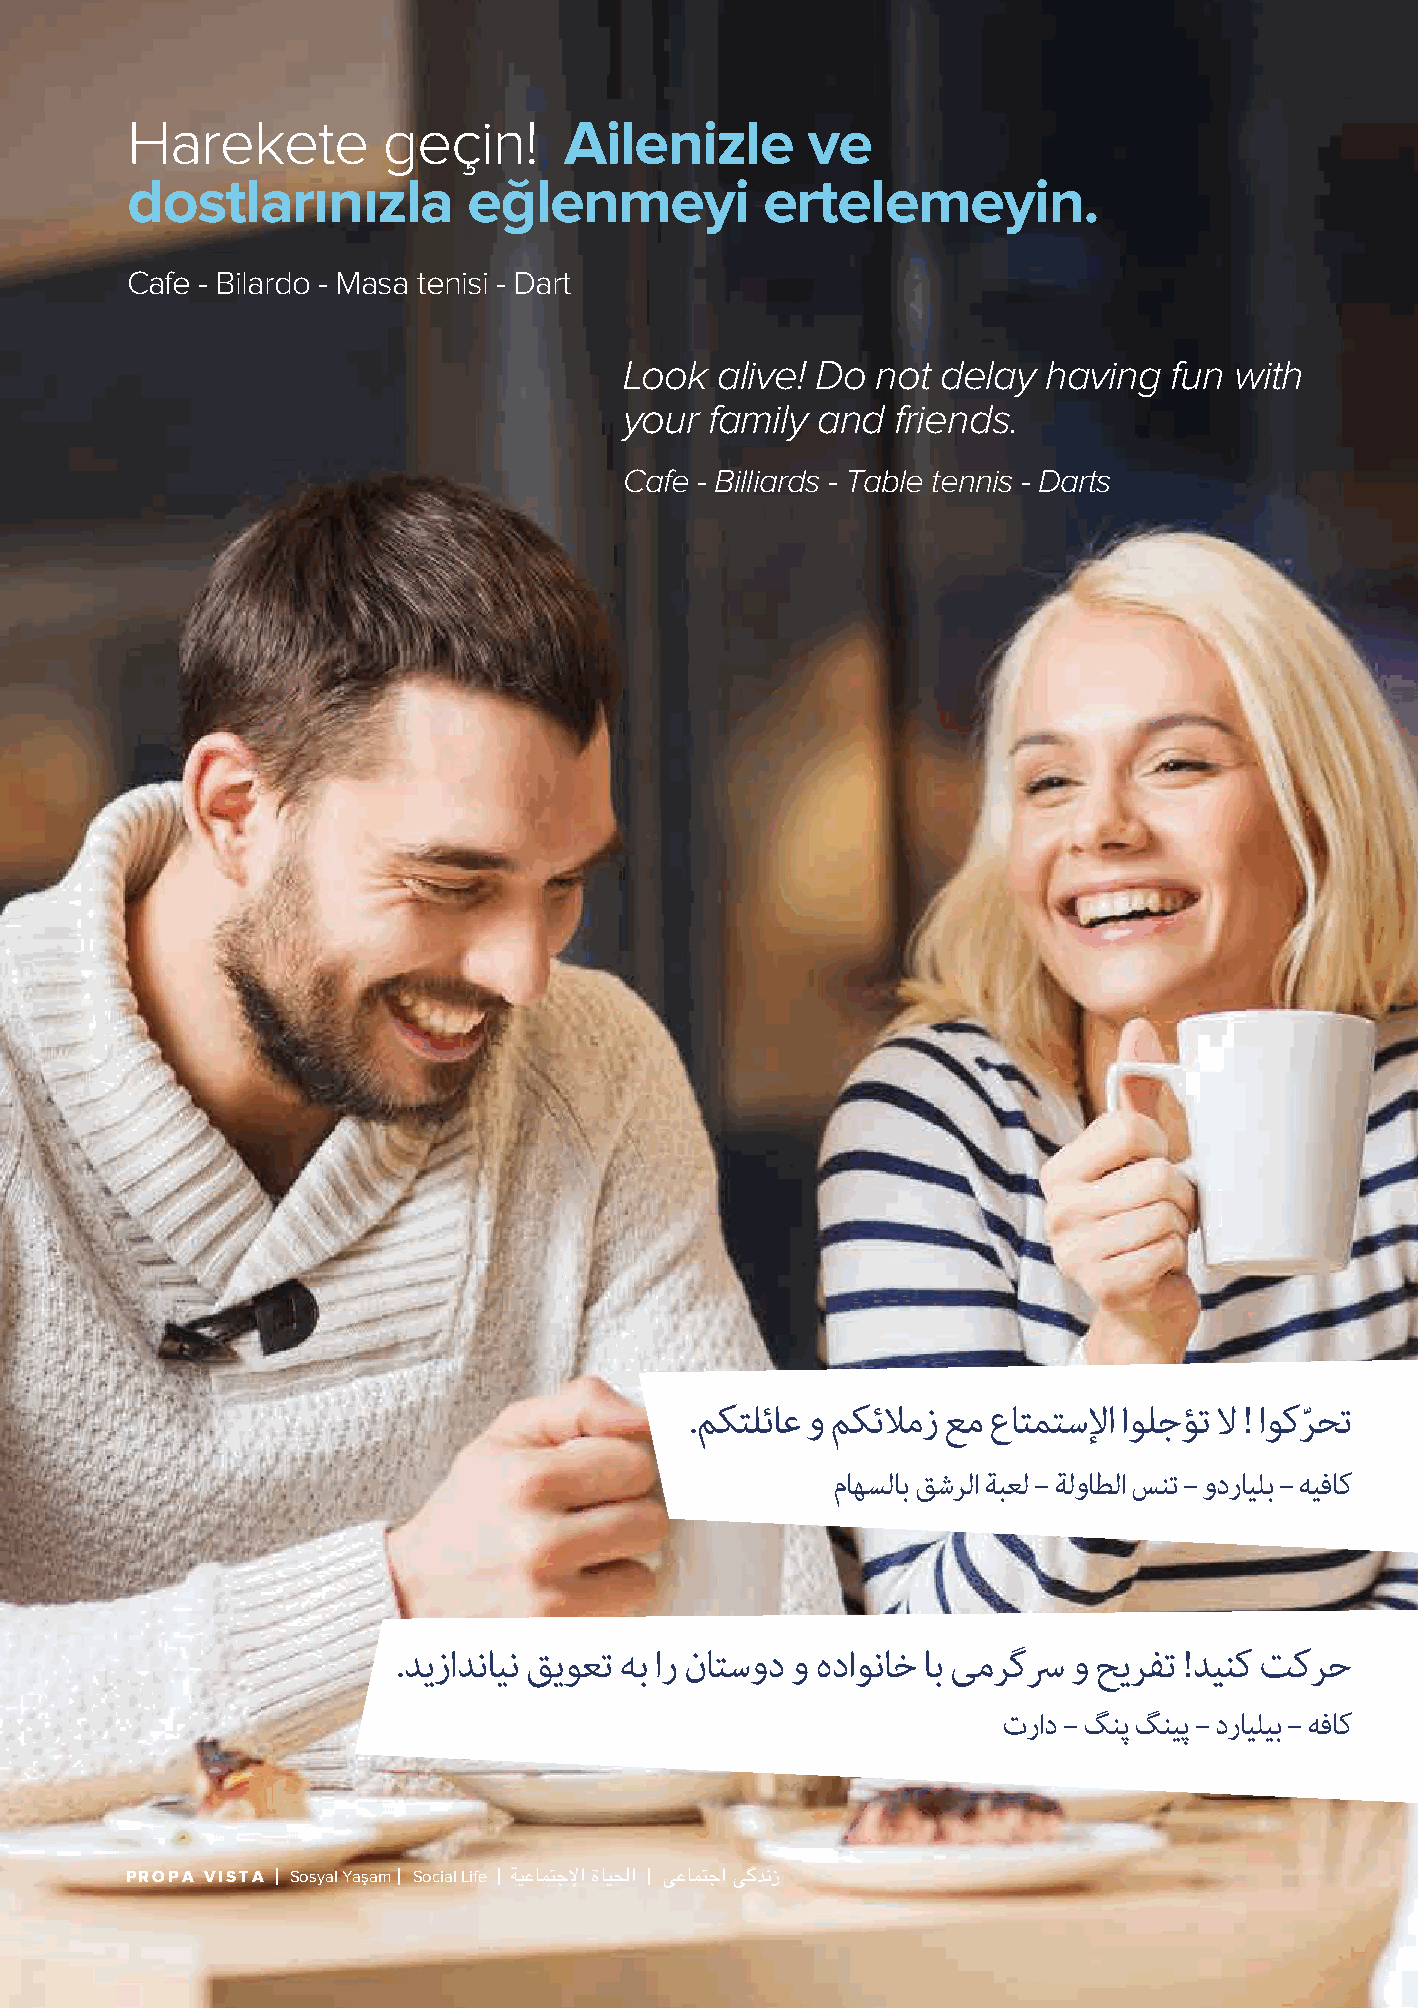
Harekete         geçin!,     Ailenizle       ve
 dostlarınızla          eğlenmeyi           ertelemeyin.
 Cafe - Bilardo - Masa tenisi - Dart
 Look  alive! Do  not delay  having   fun with
 your  family and  friends.
 Cafe - Billiards - Table tennis - Darts
 .ﻢﻜﺘﻠﺋﺎﻋ و ﻢﻜﺋﻼﻣز ﻊﻣ عﺎﺘﻤﺘﺳﻹا اﻮﻠﺟﺆﺗ ﻻ ! اﻮﻛﺮﺤﺗ
 ّ
 مﺎﻬﺴﻟﺎﺑ ﻖﺷﺮﻟا ﺔﺒﻌﻟ – ﺔﻟوﺎﻄﻟا ﺲﻨﺗ – ودرﺎﻴﻠﺑ – ﻪﻴﻓﺎﻛ
 .ﺪﯾزاﺪﻧﺎﯿﻧ ﻖﯾﻮﻌﺗ ﻪﺑ ار نﺎﺘﺳود و هداﻮﻧﺎﺧ ﺎﺑ ﯽﻣﺮﮔﴎ و ﺢﯾﺮﻔﺗ !ﺪﯿﻨﮐ ﺖﮐﺮﺣ
 تراد – ﮓﻨﭘ ﮓﻨﯿﭘ – درﺎﯿﻠﯿﺑ – ﻪﻓﺎﮐ
 PROPA VISTA Sosyal Yaşam Social Life ﺔﻴﻋﺎﳣﺟﻹﺍ ﺓﺎﻴﳊﺍ ﯽﻋﺎﳣﺟﺍ ﯽﮔﺪﻧﺯ